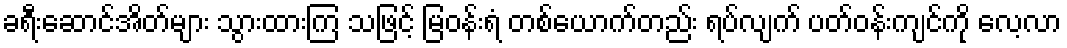
ခရီးဆောင်အိတ်များ သွားထားကြ သဖြင့် မြဝန်းရံ တစ်ယောက်တည်း ရပ်လျက် ပတ်ဝန်းကျင်ကို လေ့လာ